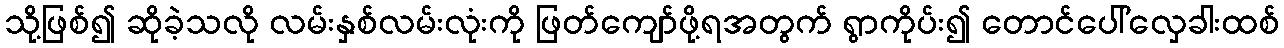
သို့ဖြစ်၍ ဆိုခဲ့သလို လမ်းနှစ်လမ်းလုံးကို ဖြတ်ကျော်ဖို့ရအတွက် ရွာကိုပ်း၍ တောင်ပေါ်လှေခါးထစ်